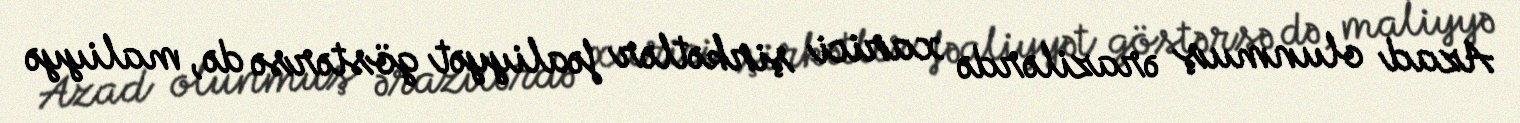
Azad olunmuş ərazilərdə xarici şirkətlər fəaliyyət göstərsə də, maliyyə